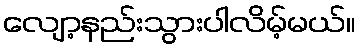
လျော့နည်းသွားပါလိမ့်မယ်။